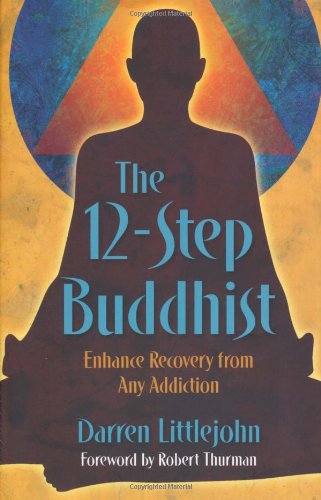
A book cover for The 12-Step Buddhist: Enhance Recovery from Any Addiction; Darren Littlejohn; Health, Fitness & Dieting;